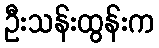
ဦးသန်းထွန်းက